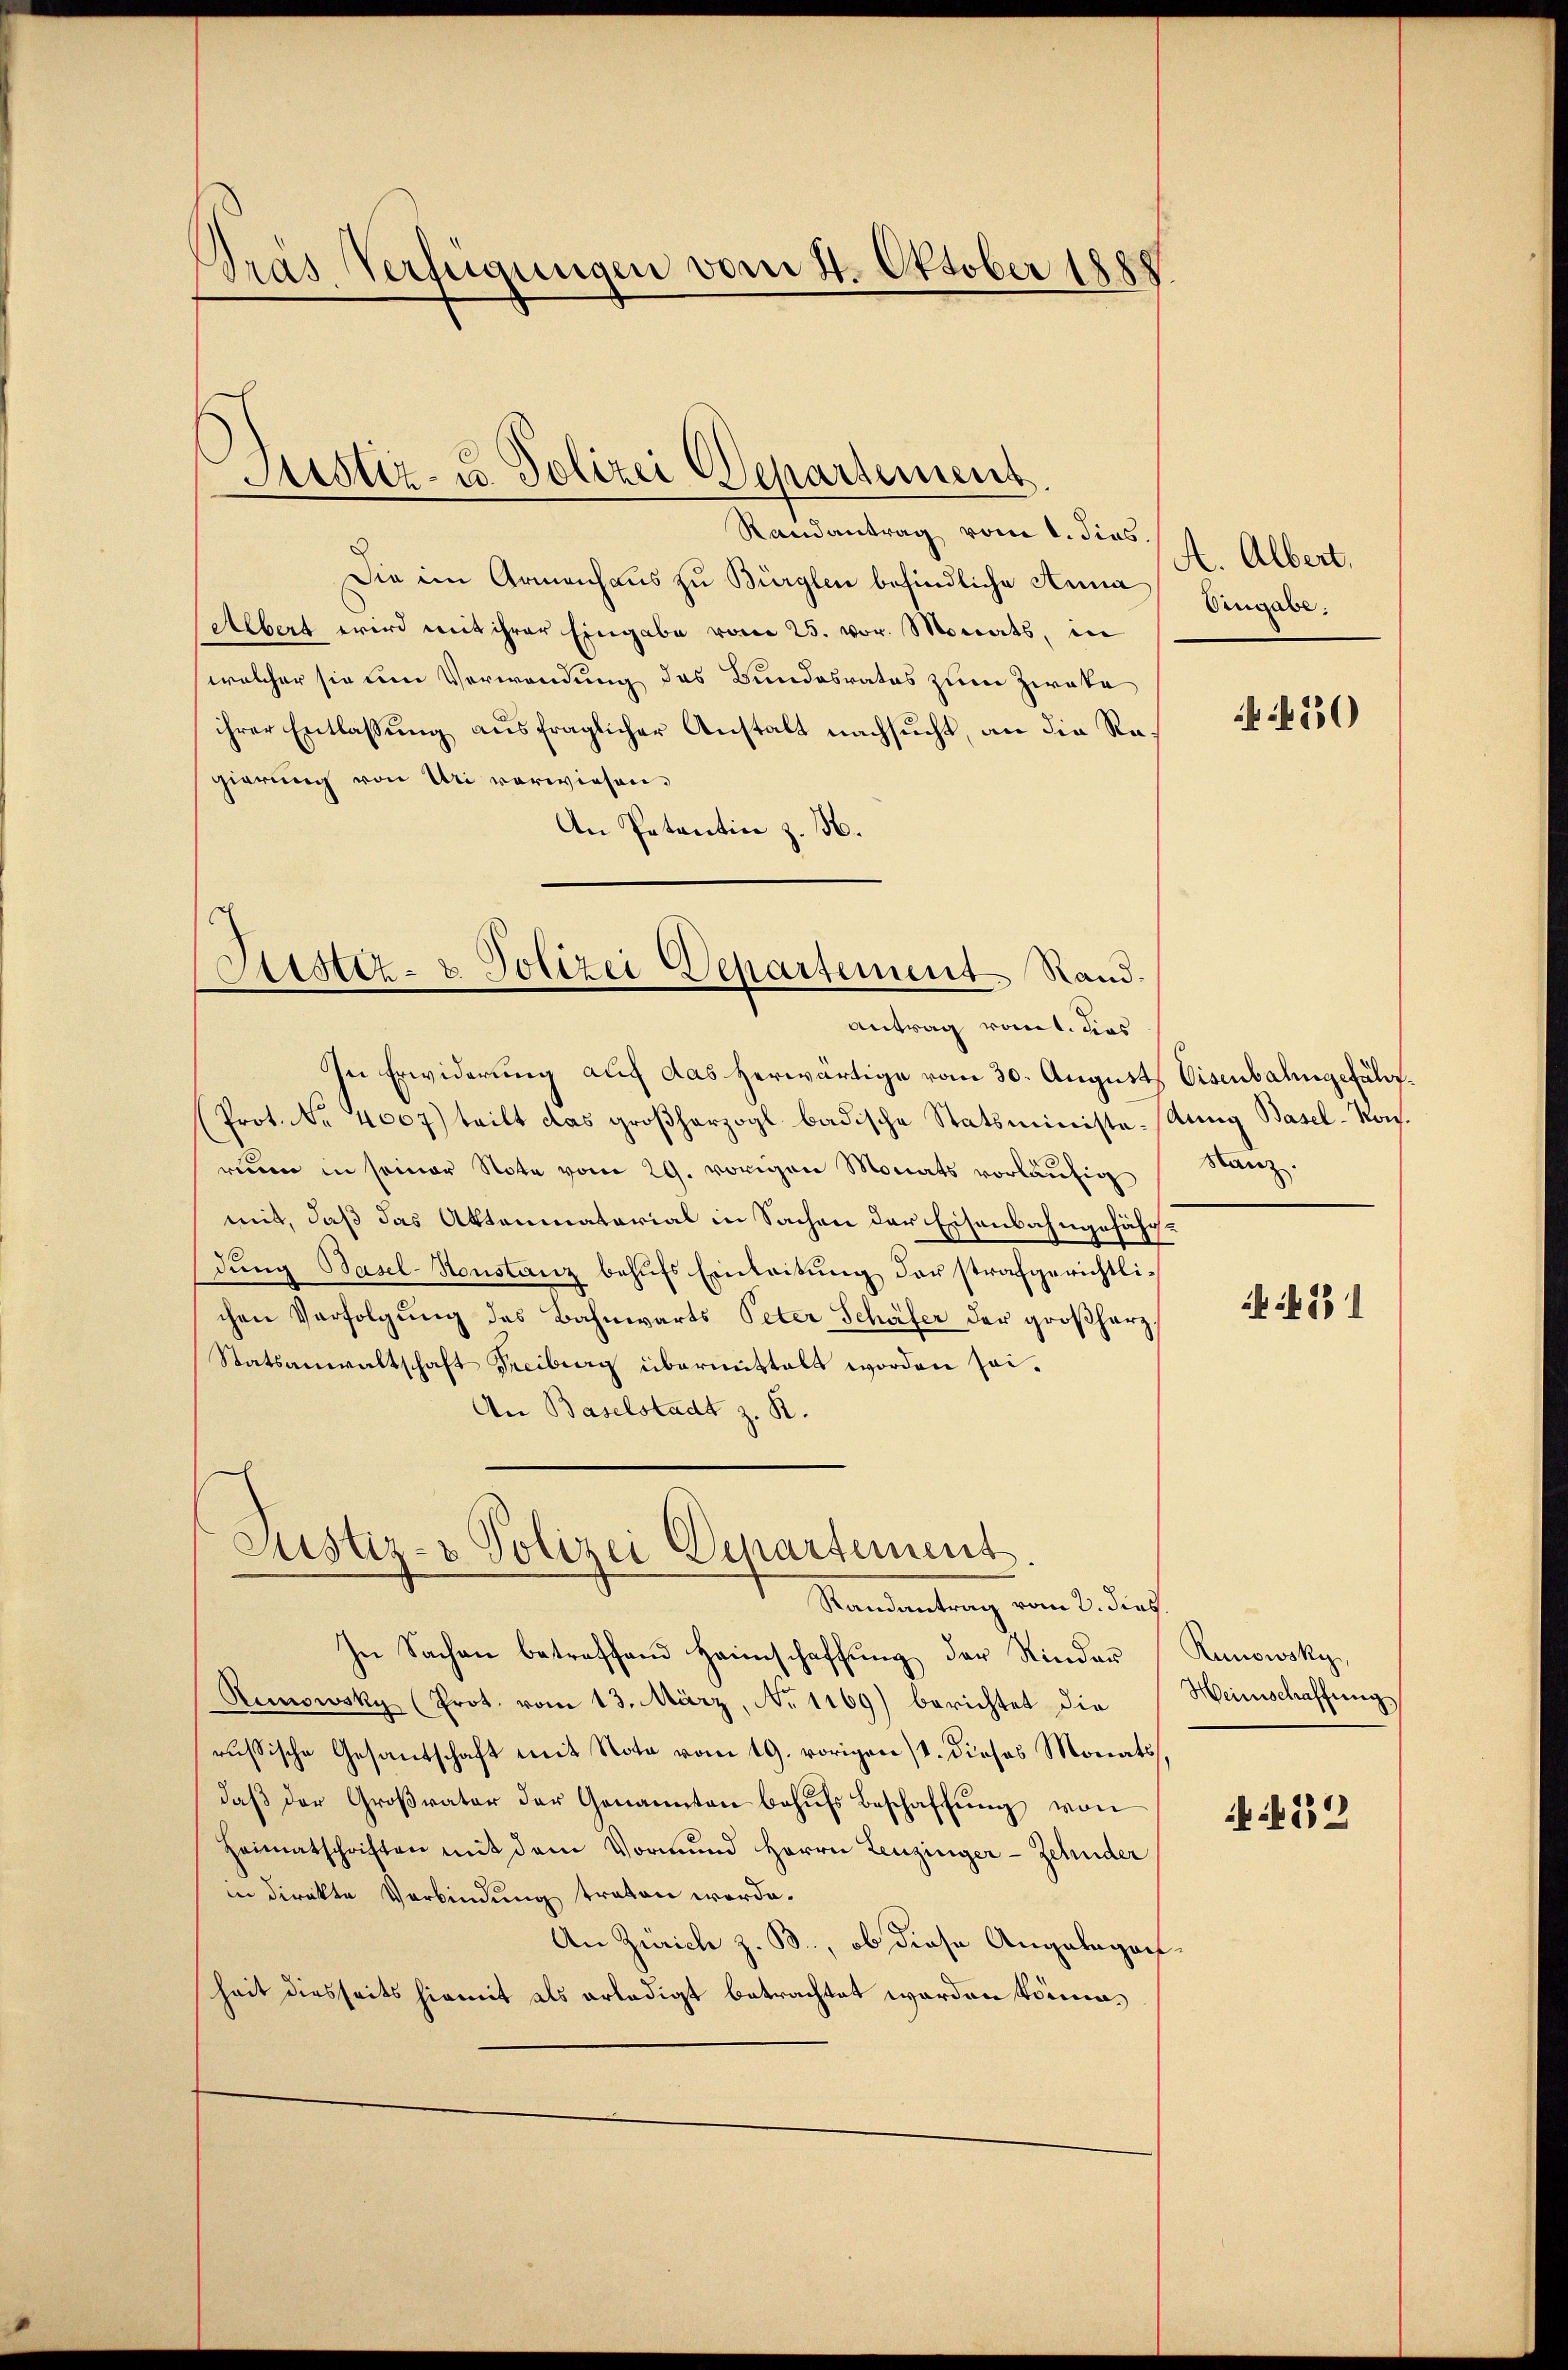
dras Verfügungen vom 4. Oktober 1888

Sistiz- u. Polizei Departement.

Lister- & Polizei Departement Rand.
Antrag vom t. dies

Randantrag vom 1. dies.
Die im Armenhaus zu Bürglen befindliche Anna
Albert wird mit ihrer Eingabe vom 25. vor. Monats, in
welcher sie um Verwendung des Bundesrates zum Zwake
ihrer Entlassung ausfraglicher Anstalt nachsucht, an die Regierung von Uri vorwiesen.
An Petentin z. N.
In Erwiderung auf das herwärtige vom 30. August Eisenbahngefähr¬
(Prot. No. 4007) teilt das großherzogl badische Statsministe-Rung Basel-Kons.
reuen in seiner Note vom 29. vorigen Monats vorläŭfig Stanz.
mit, daß das Aktenmaterial in Sachen der Eisenbahngefährdung Basel-Konstanz behufs Einleitung der strafgerichtlichen Verfolgung des Bahnwärts Peter Schäfer der großherz
Statsanwaltschaft Freiburg übermittalt worden sei¬
An Baselstadt z. R.

Justiz- & Polizei Departement.

Randantrag vom 3. dies
In Sachen betreffend Heimschaffŭng der Rinder
Runowsky (Prot. vom 13. März, No 1169) berichtet die
russische Gesantschaft mit Note vom 19. vorigen 11. dieses Monats
daβ der Groβrator der Genannten behŭfs Beschaffŭng von
Heimatschriften mit dem Vormŭnd Herrn Leuzinger-Zehnder
in direkte Verbindung traten worde.
An Zürich z. B., ob diese Angelegen
heit diesseits hiemit als erledigt betrachtet worden können.

A. Albert.
Vergabe.

450

531

Runowsky,
Heinschaffung.

52